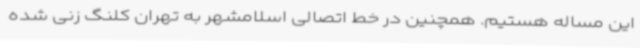
این مساله هستیم. همچنین در خط اتصالی اسلامشهر به تهران کلنگ زنی شده